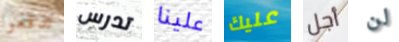
تدفعوا تدرس علينا عليك أجل لن